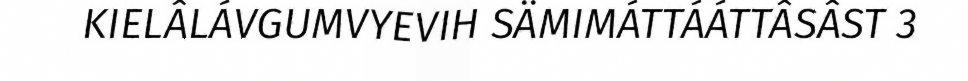
KIELÂLÁVGUMVYEVIH SÄMIMÁTTÁÁTTÂSÂST 3